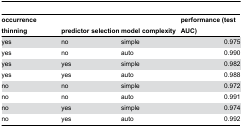
| occurrence thinning | predictor selection | model complexity | performance (test AUC) |
 | --- | --- | --- | --- |
 | yes | no | simple | 0.975 |
 | yes | no | auto | 0.990 |
 | yes | yes | simple | 0.982 |
 | yes | yes | auto | 0.988 |
 | no | no | simple | 0.972 |
 | no | no | auto | 0.991 |
 | no | yes | simple | 0.974 |
 | no | yes | auto | 0.992 |